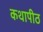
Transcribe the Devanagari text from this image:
कथापीठ